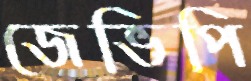
জেভিপি